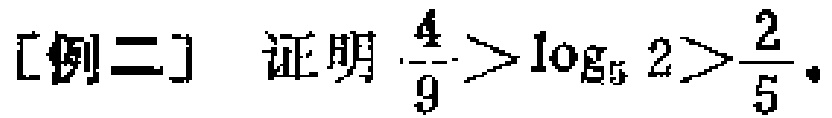
[例二] 证明 $\frac{4}{9}>\log_{5}2>\frac{2}{5}$。